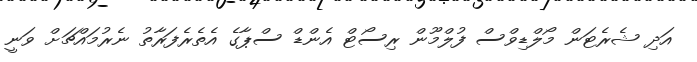
އަދި ޝެރެޓަން މޯލްޑިވްސް ފުލްމޫން ރިސޯޓް އެންޑް ސްޕާގެ އެތެރެފަރާތު ނެރުމައްޗަށް ވަނީ